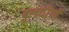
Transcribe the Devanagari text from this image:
बुलंदीयों